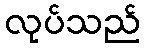
လုပ်သည်